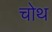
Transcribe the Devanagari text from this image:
चोथ